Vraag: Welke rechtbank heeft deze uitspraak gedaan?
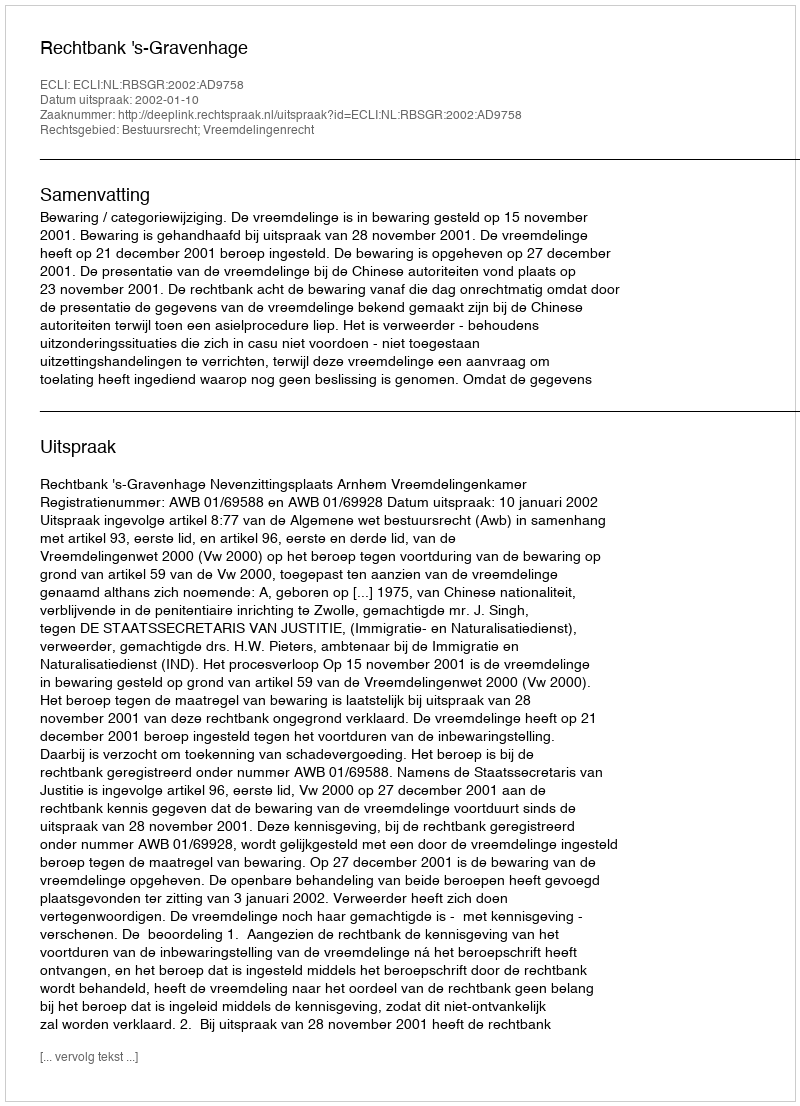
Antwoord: Rechtbank 's-Gravenhage